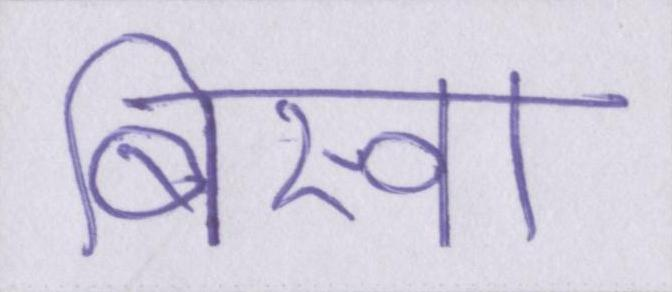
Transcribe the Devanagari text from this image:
बिस्वा